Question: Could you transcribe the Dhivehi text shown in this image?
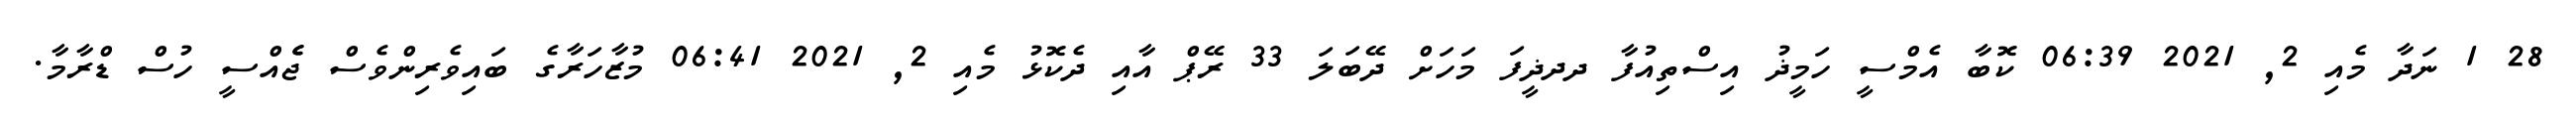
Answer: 28 1 ނަދާ މެއި 2, 2021 06:39 ކޮބާ އެމްސީ ހަމީޛު އިސްތިއުފާ ދދޛީފަ މަހަށް ދޭބަލަ 33 ރޭޕް އާއި ދެކޮޅު މެއި 2, 2021 06:41 މުޒާހަރާގެ ބައިވެރިންވެސް ޖެެއްސީ ހުސް ޑްރާމާ.